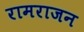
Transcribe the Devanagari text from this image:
रामराजन